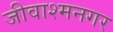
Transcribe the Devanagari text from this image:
जीवाश्मनगर